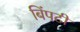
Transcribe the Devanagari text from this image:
बिंपटी